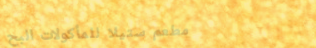
مطعم ستيلا للمأكولات البح